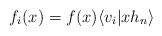
\begin{align*}f_i(x)=f(x)\langle v_i \vert x h_n \rangle\end{align*}